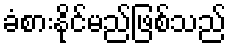
ခံစားနိုင်မည်ဖြစ်သည်